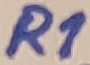
Text: R1